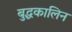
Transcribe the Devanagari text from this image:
बुद्धकालिन